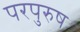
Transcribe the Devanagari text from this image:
परपुरुष